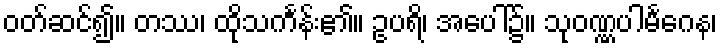
ဝတ်ဆင်၍။ တဿ၊ ထိုသင်္ကန်း၏။ ဥပရိ၊ အပေါ်၌။ သုဝဏ္ဏပါမင်္ဂေန၊